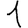
Digit: 1